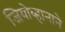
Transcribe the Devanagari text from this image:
जियोव्हानाने